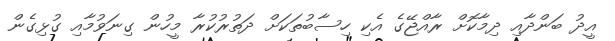
އީދު ބަންދާއި ދިމާކޮށް ރާއްޖޭގެ އެކި ހިސާބުތަކަށް ދަތުރުކުރާ މީހުން ގިނަވުމާއި ގުޅިގެން